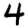
Digit: 4